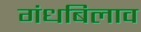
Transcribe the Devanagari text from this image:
गंधबिलाव